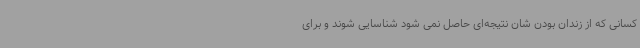
کسانی که از زندان بودن شان نتیجه‌ای حاصل نمی شود شناسایی شوند و برای